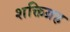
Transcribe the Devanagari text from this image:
शक्तिग्रह